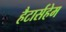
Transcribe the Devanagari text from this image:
हैटार्सहेम